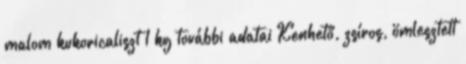
malom kukoricaliszt 1 kg további adatai Kenhető, zsíros, ömlesztett